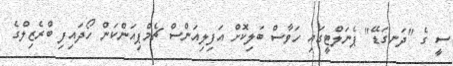
ސީ ގެ "ދަނގަޑޭ" ޕެނަލްޓީގައި ހަވާސް ބަލިކޮށް އަފިލިއަންސް ޗެމްޕިއަންކަން ހޯދައިފި ބްރެޒިލްގެ